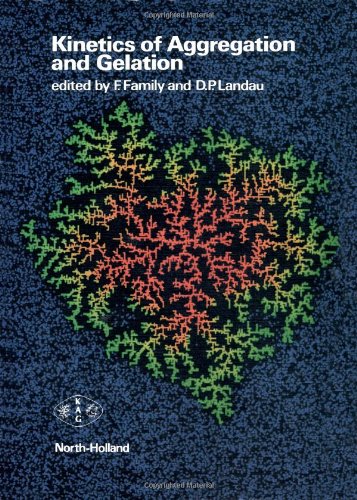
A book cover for Kinetics of Aggregation and Gelation; Fereydoon Family; Science & Math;